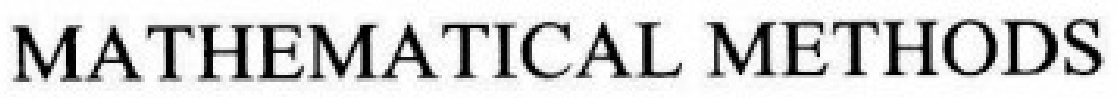
MATHEMATICAL METHODS